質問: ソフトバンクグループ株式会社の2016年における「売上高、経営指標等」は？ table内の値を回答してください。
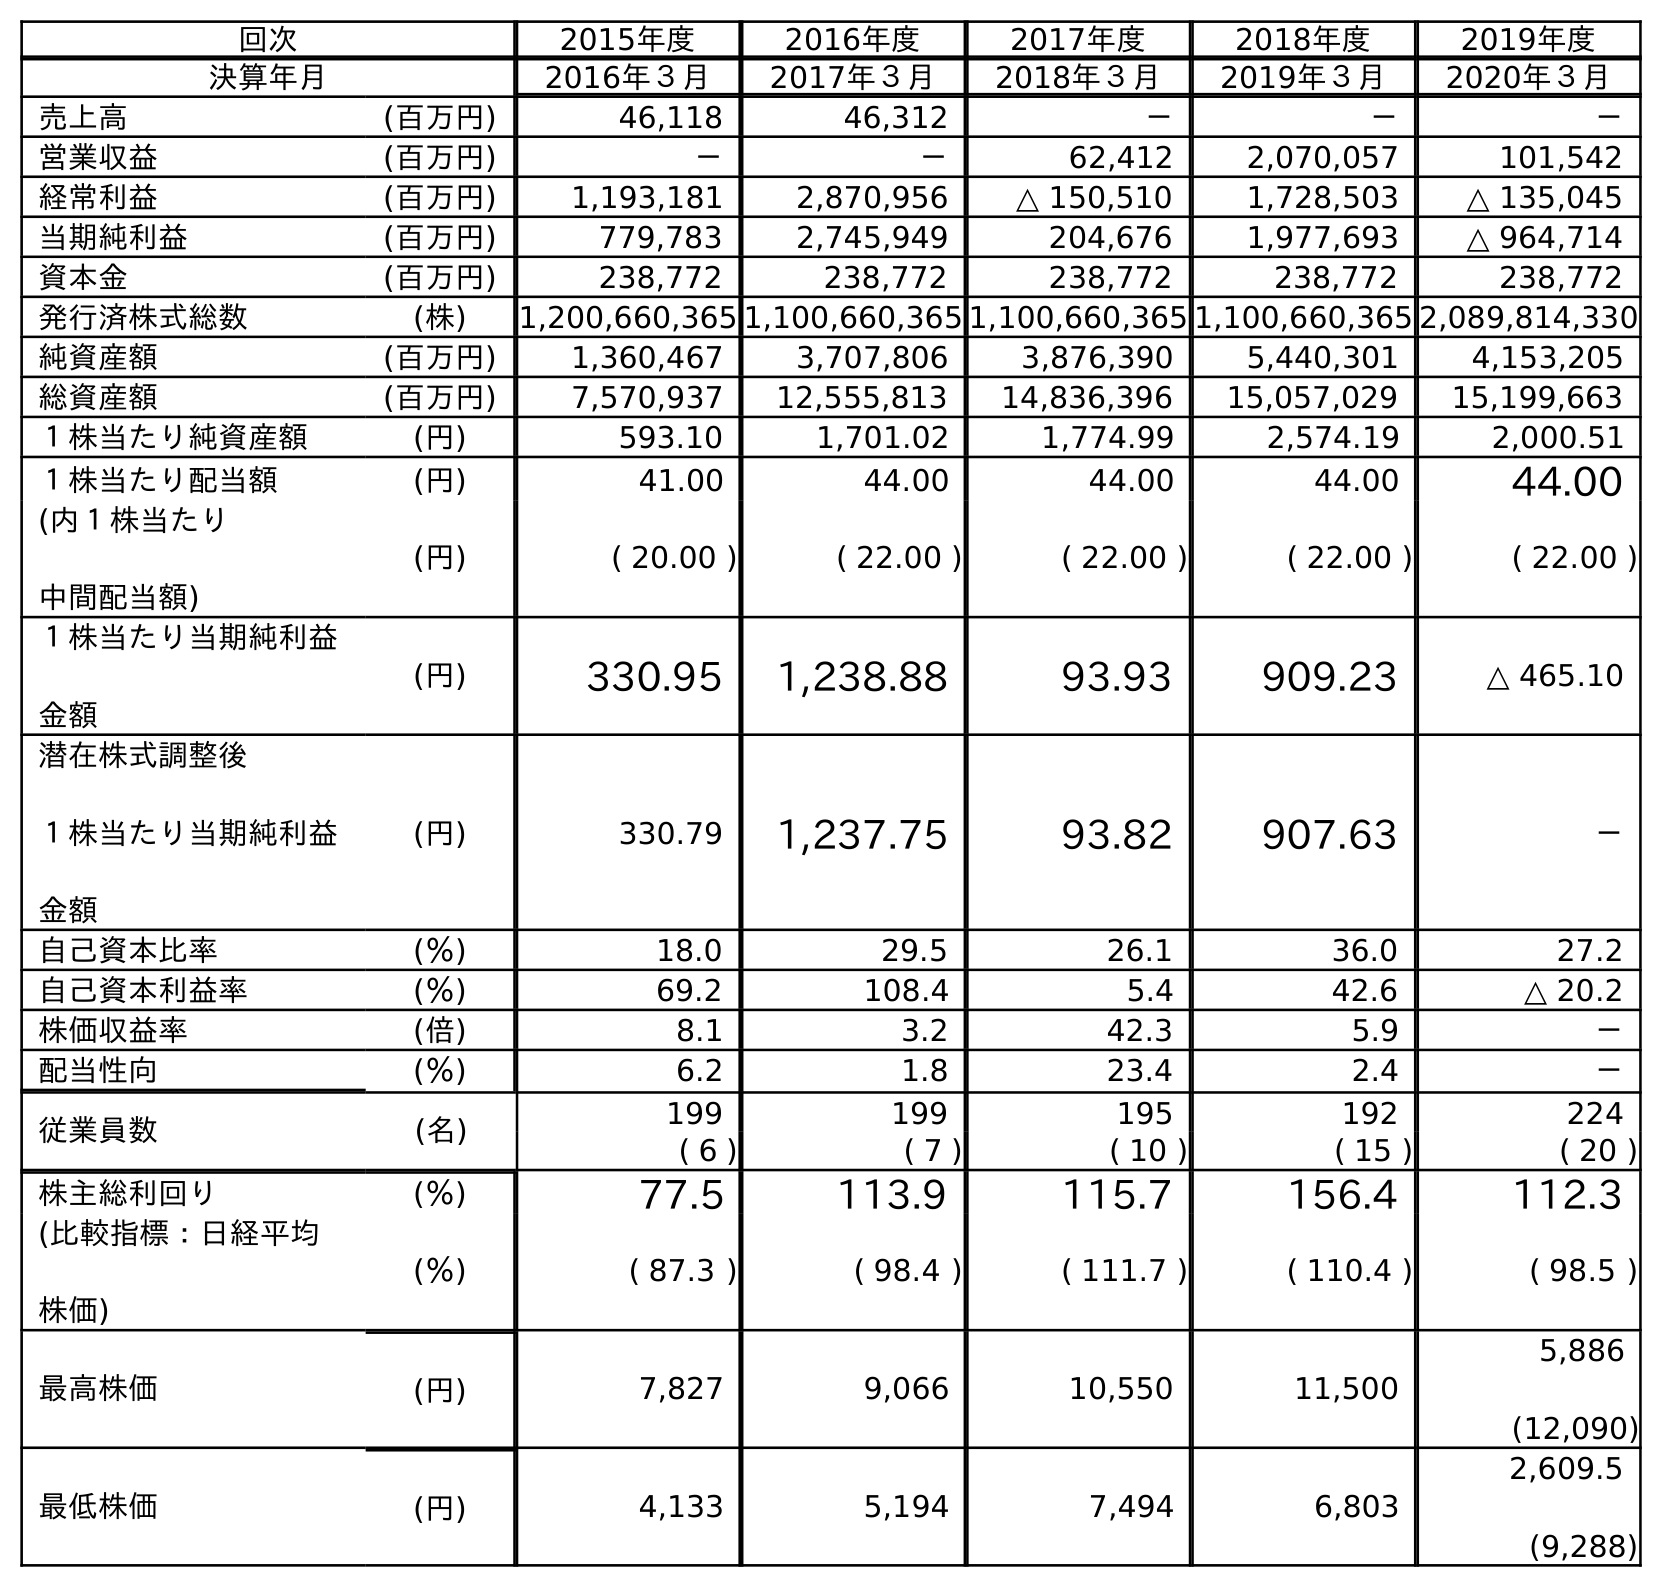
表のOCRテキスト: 回次 2015年度 2016年度 2017年度 2018年度 2019年度 決算年月 2016年３月 2017年３月 2018年３月 2019年３月 2020年３月 売上高 (百万円) 46,118 46,312 － － － 営業収益 (百万円) － － 62,412 2,070,057 101,542 経常利益 (百万円) 1,193,181 2,870,956 △ 150,510 1,728,503 △ 135,045 当期純利益 (百万円) 779,783 2,745,949 204,676 1,977,693 △ 964,714 資本金 (百万円) 238,772 238,772 238,772 238,772 238,772 発行済株式総数 (株) 1,200,660,365 1,100,660,365 1,100,660,365 1,100,660,365 2,089,814,330 純資産額 (百万円) 1,360,467 3,707,806 3,876,390 5,440,301 4,153,205 総資産額 (百万円) 7,570,937 12,555,813 14,836,396 15,057,029 15,199,663 １株当たり純資産額 (円) 593.10 1,701.02 1,774.99 2,574.19 2,000.51 １株当たり配当額 (円) 41.00 44.00 44.00 44.00 44.00 (内１株当たり 中間配当額) (円) ( 20.00 ) ( 22.00 ) ( 22.00 ) ( 22.00 ) ( 22.00 ) １株当たり当期純利益 金額 (円) 330.95 1,238.88 93.93 909.23 △ 465.10 潜在株式調整後 １株当たり当期純利益 金額 (円) 330.79 1,237.75 93.82 907.63 － 自己資本比率 (％) 18.0 29.5 26.1 36.0 27.2 自己資本利益率 (％) 69.2 108.4 5.4 42.6 △ 20.2 株価収益率 (倍) 8.1 3.2 42.3 5.9 － 配当性向 (％) 6.2 1.8 23.4 2.4 － 従業員数 (名) 199 199 195 192 224 ( 6 ) ( 7 ) ( 10 ) ( 15 ) ( 20 ) 株主総利回り (％) 77.5 113.9 115.7 156.4 112.3 (比較指標：日経平均 株価) (％) ( 87.3 ) ( 98.4 ) ( 111.7 ) ( 110.4 ) ( 98.5 ) 最高株価 (円) 7,827 9,066 10,550 11,500 5,886 (12,090) 最低株価 (円) 4,133 5,194 7,494 6,803 2,609.5 (9,288)
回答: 46,118